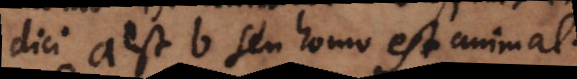
dici a est b seu homo est animal.